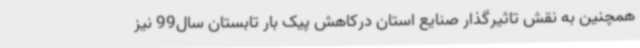
همچنین به نقش تاثیرگذار صنایع استان درکاهش پیک بار تابستان سال99 نیز